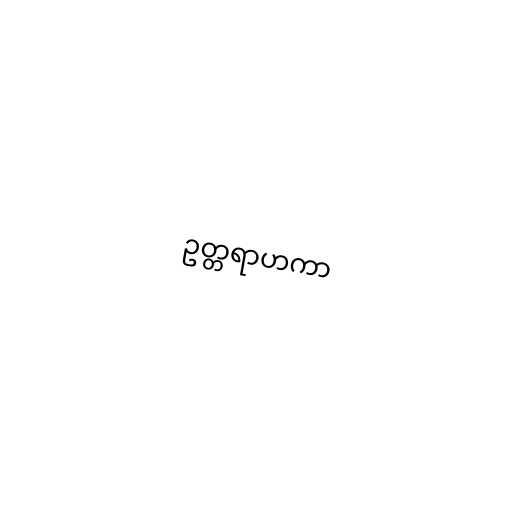
ဥတ္တရာဟကာ